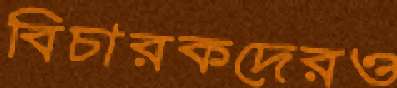
বিচারকদেরও